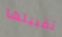
تقبيلها